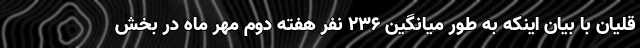
قلیان با بیان اینکه به طور میانگین ۲۳۶ نفر هفته دوم مهر ماه در بخش